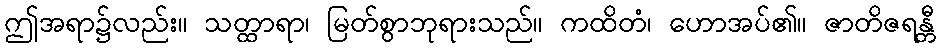
ဤအရာ၌လည်း။ သတ္ထာရာ၊ မြတ်စွာဘုရားသည်။ ကထိတံ၊ ဟောအပ်၏။ ဇာတိဇရန္တီ